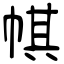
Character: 帺